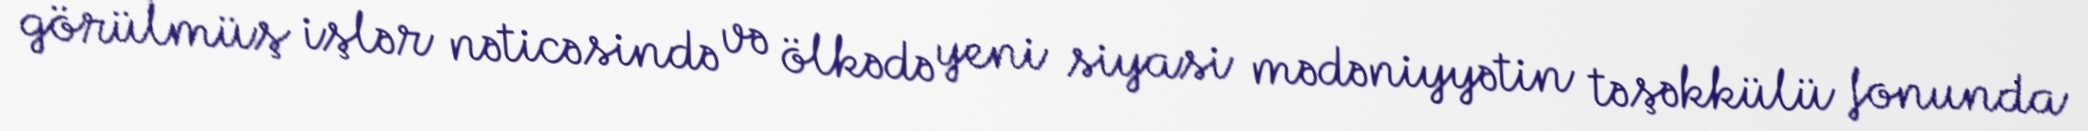
görülmüş işlər nəticəsində və ölkədə yeni siyasi mədəniyyətin təşəkkülü fonunda